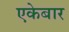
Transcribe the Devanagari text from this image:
एकेबार